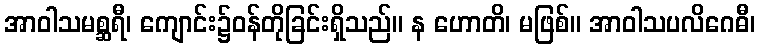
အာဝါသမစ္ဆရီ၊ ကျောင်း၌ဝန်တိုခြင်းရှိသည်။ န ဟောတိ၊ မဖြစ်။ အာဝါသပလိဂေဓီ၊